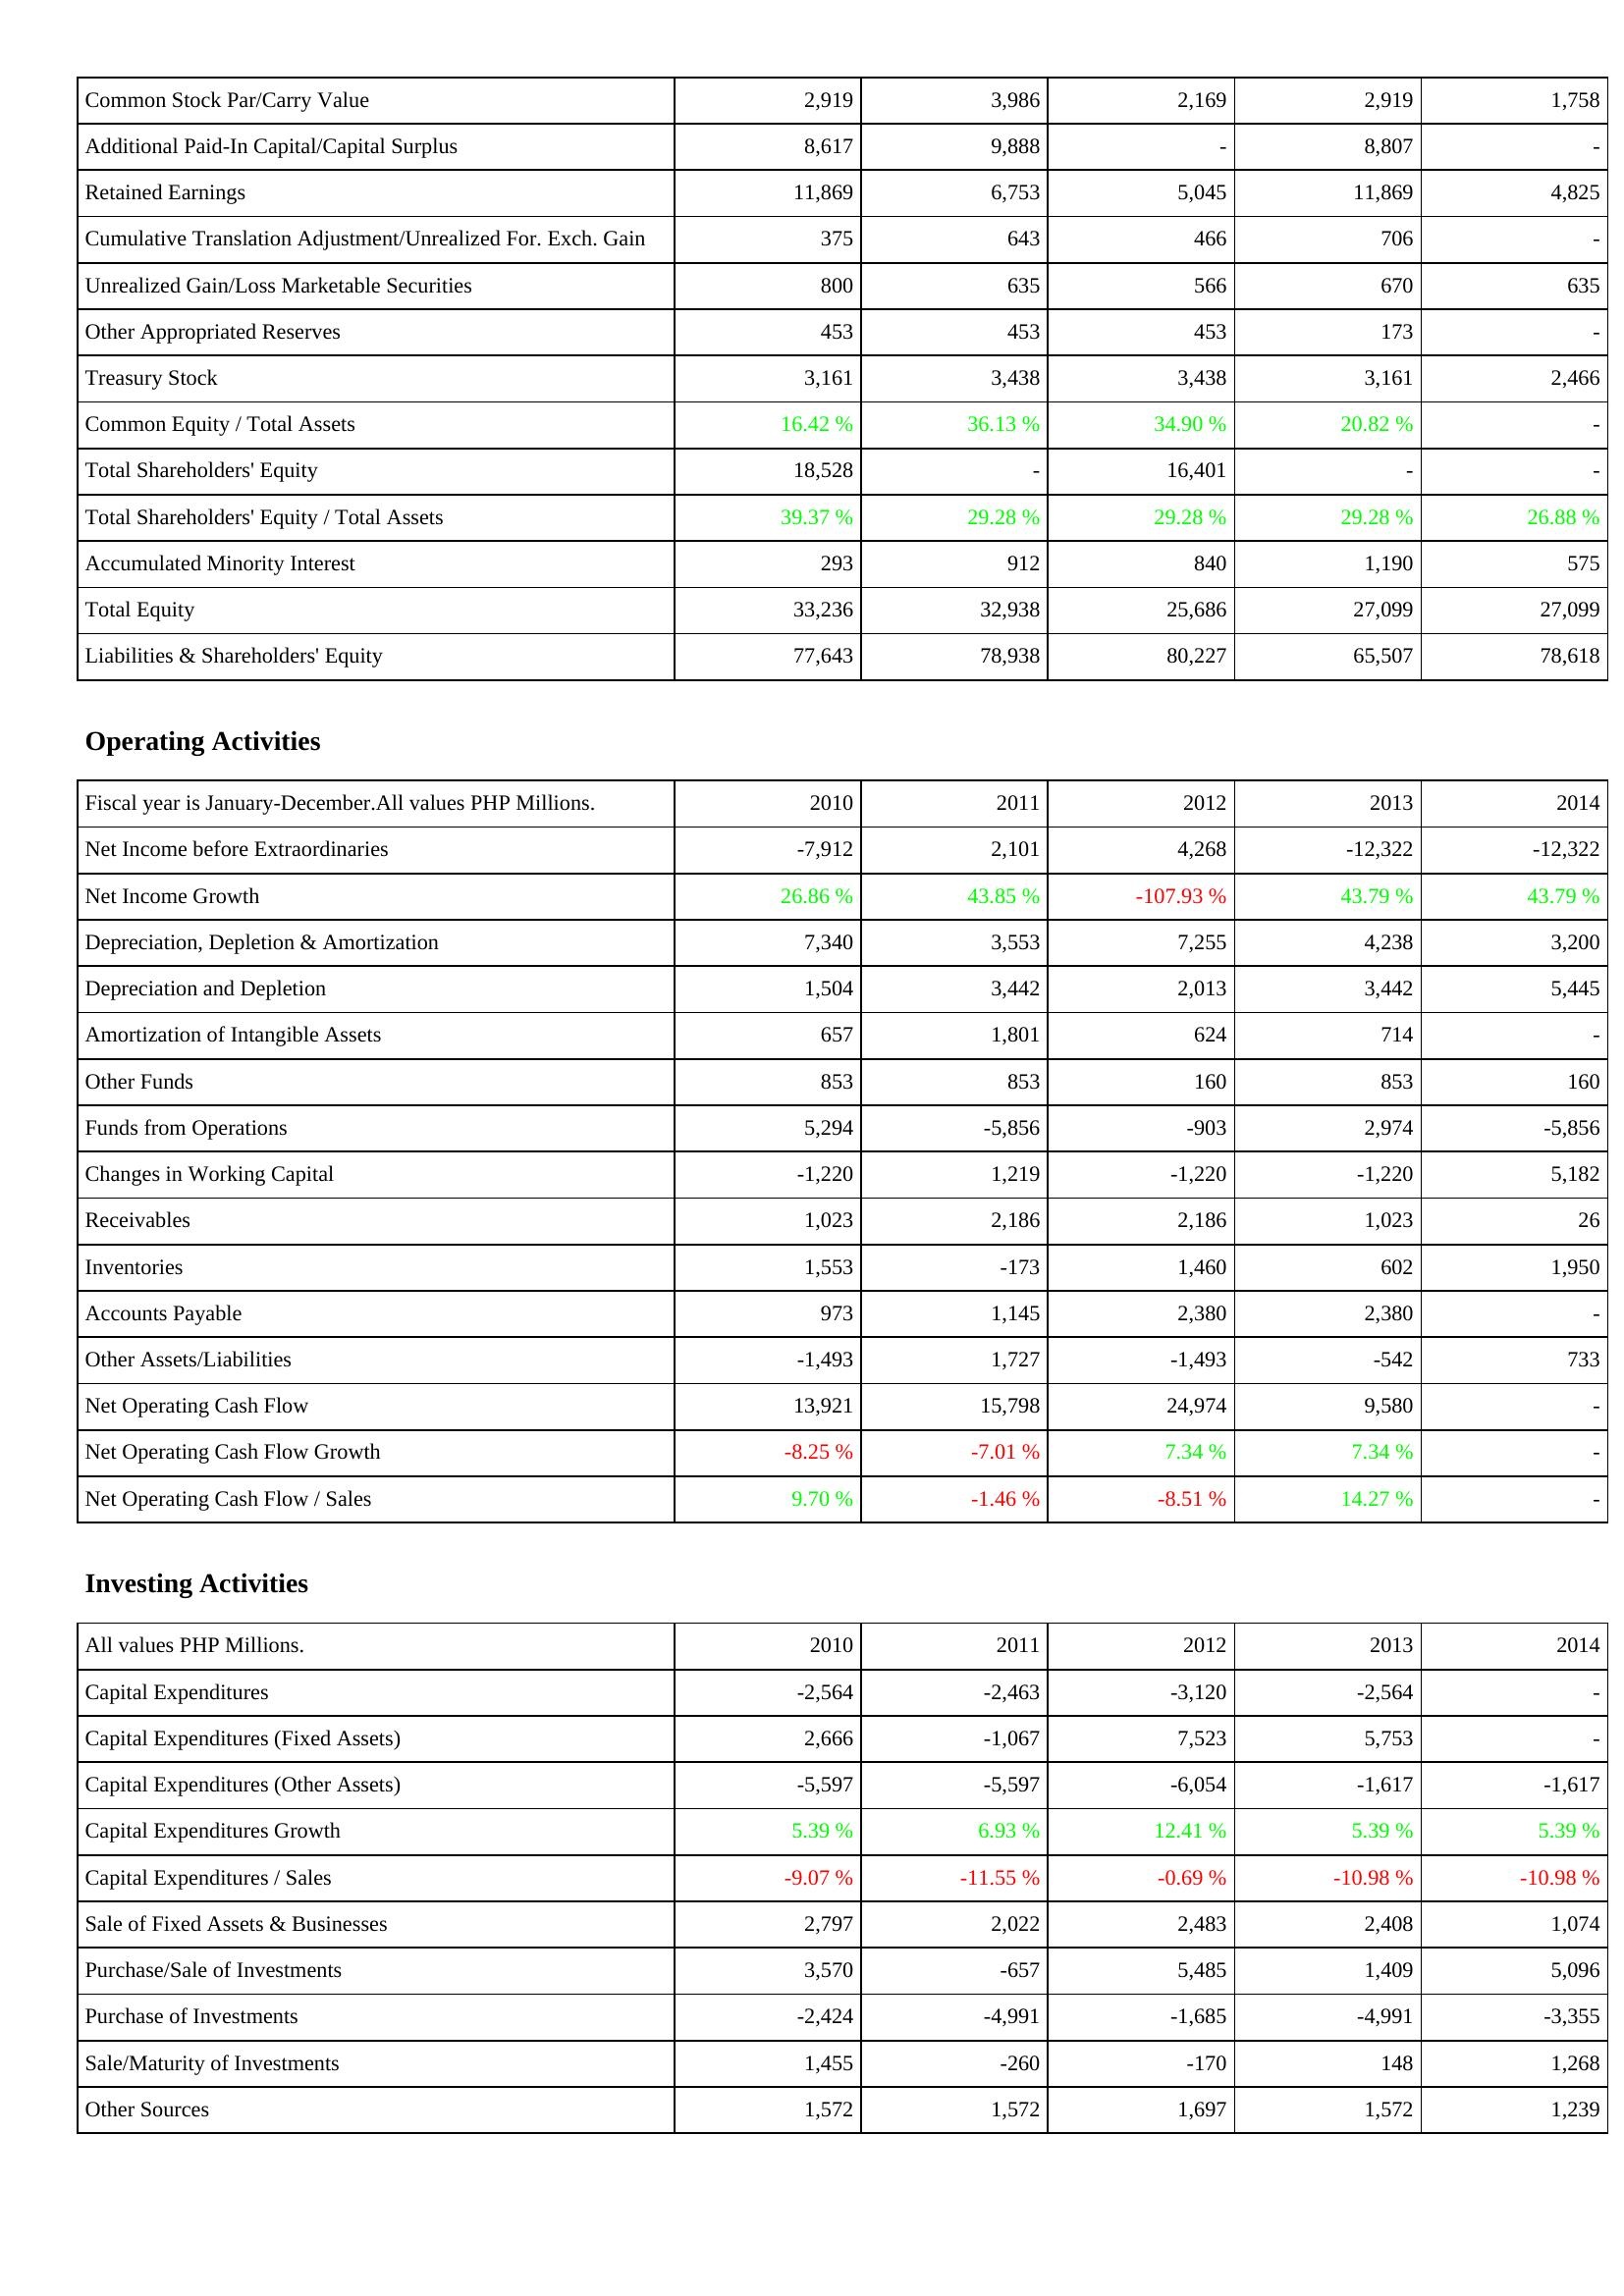
2010: Liabilities & Shareholders' Equity: Common Stock Par/Carry Value: 2,919
Additional Paid-In Capital/Capital Surplus: 8,617
Retained Earnings: 11,869
Cumulative Translation Adjustment/Unrealized For. Exch. Gain: 375
Unrealized Gain/Loss Marketable Securities: 800
Other Appropriated Reserves: 453
Treasury Stock: 3,161
Common Equity / Total Assets: 16.42 %
Total Shareholders' Equity: 18,528
Total Shareholders' Equity / Total Assets: 39.37 %
Accumulated Minority Interest: 293
Total Equity: 33,236
Liabilities & Shareholders' Equity: 77,643
Operating Activities: Net Income before Extraordinaries: -7,912
Net Income Growth: 26.86 %
Depreciation, Depletion & Amortization: 7,340
Depreciation and Depletion: 1,504
Amortization of Intangible Assets: 657
Other Funds: 853
Funds from Operations: 5,294
Changes in Working Capital: -1,220
Receivables: 1,023
Inventories: 1,553
Accounts Payable: 973
Other Assets/Liabilities: -1,493
Net Operating Cash Flow: 13,921
Net Operating Cash Flow Growth: -8.25 %
Net Operating Cash Flow / Sales: 9.70 %
Investing Activities: Capital Expenditures: -2,564
Capital Expenditures (Fixed Assets): 2,666
Capital Expenditures (Other Assets): -5,597
Capital Expenditures Growth: 5.39 %
Capital Expenditures / Sales: -9.07 %
Sale of Fixed Assets & Businesses: 2,797
Purchase/Sale of Investments: 3,570
Purchase of Investments: -2,424
Sale/Maturity of Investments: 1,455
Other Sources: 1,572
2011: Liabilities & Shareholders' Equity: Common Stock Par/Carry Value: 3,986
Additional Paid-In Capital/Capital Surplus: 9,888
Retained Earnings: 6,753
Cumulative Translation Adjustment/Unrealized For. Exch. Gain: 643
Unrealized Gain/Loss Marketable Securities: 635
Other Appropriated Reserves: 453
Treasury Stock: 3,438
Common Equity / Total Assets: 36.13 %
Total Shareholders' Equity: -
Total Shareholders' Equity / Total Assets: 29.28 %
Accumulated Minority Interest: 912
Total Equity: 32,938
Liabilities & Shareholders' Equity: 78,938
Operating Activities: Net Income before Extraordinaries: 2,101
Net Income Growth: 43.85 %
Depreciation, Depletion & Amortization: 3,553
Depreciation and Depletion: 3,442
Amortization of Intangible Assets: 1,801
Other Funds: 853
Funds from Operations: -5,856
Changes in Working Capital: 1,219
Receivables: 2,186
Inventories: -173
Accounts Payable: 1,145
Other Assets/Liabilities: 1,727
Net Operating Cash Flow: 15,798
Net Operating Cash Flow Growth: -7.01 %
Net Operating Cash Flow / Sales: -1.46 %
Investing Activities: Capital Expenditures: -2,463
Capital Expenditures (Fixed Assets): -1,067
Capital Expenditures (Other Assets): -5,597
Capital Expenditures Growth: 6.93 %
Capital Expenditures / Sales: -11.55 %
Sale of Fixed Assets & Businesses: 2,022
Purchase/Sale of Investments: -657
Purchase of Investments: -4,991
Sale/Maturity of Investments: -260
Other Sources: 1,572
2012: Liabilities & Shareholders' Equity: Common Stock Par/Carry Value: 2,169
Additional Paid-In Capital/Capital Surplus: -
Retained Earnings: 5,045
Cumulative Translation Adjustment/Unrealized For. Exch. Gain: 466
Unrealized Gain/Loss Marketable Securities: 566
Other Appropriated Reserves: 453
Treasury Stock: 3,438
Common Equity / Total Assets: 34.90 %
Total Shareholders' Equity: 16,401
Total Shareholders' Equity / Total Assets: 29.28 %
Accumulated Minority Interest: 840
Total Equity: 25,686
Liabilities & Shareholders' Equity: 80,227
Operating Activities: Net Income before Extraordinaries: 4,268
Net Income Growth: -107.93 %
Depreciation, Depletion & Amortization: 7,255
Depreciation and Depletion: 2,013
Amortization of Intangible Assets: 624
Other Funds: 160
Funds from Operations: -903
Changes in Working Capital: -1,220
Receivables: 2,186
Inventories: 1,460
Accounts Payable: 2,380
Other Assets/Liabilities: -1,493
Net Operating Cash Flow: 24,974
Net Operating Cash Flow Growth: 7.34 %
Net Operating Cash Flow / Sales: -8.51 %
Investing Activities: Capital Expenditures: -3,120
Capital Expenditures (Fixed Assets): 7,523
Capital Expenditures (Other Assets): -6,054
Capital Expenditures Growth: 12.41 %
Capital Expenditures / Sales: -0.69 %
Sale of Fixed Assets & Businesses: 2,483
Purchase/Sale of Investments: 5,485
Purchase of Investments: -1,685
Sale/Maturity of Investments: -170
Other Sources: 1,697
2013: Liabilities & Shareholders' Equity: Common Stock Par/Carry Value: 2,919
Additional Paid-In Capital/Capital Surplus: 8,807
Retained Earnings: 11,869
Cumulative Translation Adjustment/Unrealized For. Exch. Gain: 706
Unrealized Gain/Loss Marketable Securities: 670
Other Appropriated Reserves: 173
Treasury Stock: 3,161
Common Equity / Total Assets: 20.82 %
Total Shareholders' Equity: -
Total Shareholders' Equity / Total Assets: 29.28 %
Accumulated Minority Interest: 1,190
Total Equity: 27,099
Liabilities & Shareholders' Equity: 65,507
Operating Activities: Net Income before Extraordinaries: -12,322
Net Income Growth: 43.79 %
Depreciation, Depletion & Amortization: 4,238
Depreciation and Depletion: 3,442
Amortization of Intangible Assets: 714
Other Funds: 853
Funds from Operations: 2,974
Changes in Working Capital: -1,220
Receivables: 1,023
Inventories: 602
Accounts Payable: 2,380
Other Assets/Liabilities: -542
Net Operating Cash Flow: 9,580
Net Operating Cash Flow Growth: 7.34 %
Net Operating Cash Flow / Sales: 14.27 %
Investing Activities: Capital Expenditures: -2,564
Capital Expenditures (Fixed Assets): 5,753
Capital Expenditures (Other Assets): -1,617
Capital Expenditures Growth: 5.39 %
Capital Expenditures / Sales: -10.98 %
Sale of Fixed Assets & Businesses: 2,408
Purchase/Sale of Investments: 1,409
Purchase of Investments: -4,991
Sale/Maturity of Investments: 148
Other Sources: 1,572
2014: Liabilities & Shareholders' Equity: Common Stock Par/Carry Value: 1,758
Additional Paid-In Capital/Capital Surplus: -
Retained Earnings: 4,825
Cumulative Translation Adjustment/Unrealized For. Exch. Gain: -
Unrealized Gain/Loss Marketable Securities: 635
Other Appropriated Reserves: -
Treasury Stock: 2,466
Common Equity / Total Assets: -
Total Shareholders' Equity: -
Total Shareholders' Equity / Total Assets: 26.88 %
Accumulated Minority Interest: 575
Total Equity: 27,099
Liabilities & Shareholders' Equity: 78,618
Operating Activities: Net Income before Extraordinaries: -12,322
Net Income Growth: 43.79 %
Depreciation, Depletion & Amortization: 3,200
Depreciation and Depletion: 5,445
Amortization of Intangible Assets: -
Other Funds: 160
Funds from Operations: -5,856
Changes in Working Capital: 5,182
Receivables: 26
Inventories: 1,950
Accounts Payable: -
Other Assets/Liabilities: 733
Net Operating Cash Flow: -
Net Operating Cash Flow Growth: -
Net Operating Cash Flow / Sales: -
Investing Activities: Capital Expenditures: -
Capital Expenditures (Fixed Assets): -
Capital Expenditures (Other Assets): -1,617
Capital Expenditures Growth: 5.39 %
Capital Expenditures / Sales: -10.98 %
Sale of Fixed Assets & Businesses: 1,074
Purchase/Sale of Investments: 5,096
Purchase of Investments: -3,355
Sale/Maturity of Investments: 1,268
Other Sources: 1,239